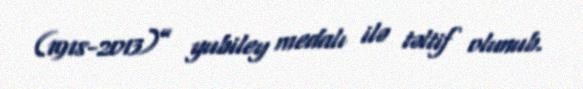
(1918-2013)” yubiley medalı ilə təltif olunub.